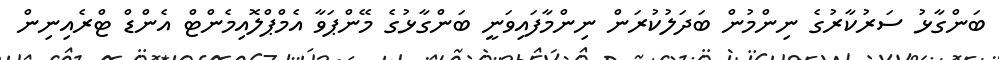
ބަންގާޅު ސަރުކާރުގެ ނިންމުން ބަދަލުކުރަން ނިންމާފައިވަނީ ބަންގާޅުގެ މޭންޕަވާ އެމްޕްލޮއިމެންޓް އެންޑް ޓްރެއިނިން